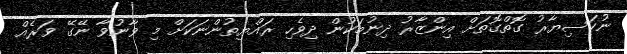
ނުކަސިޔާރު ގޮތްގޮތަށް އިންޒާރު ދިނުމަކުން ދިވެހި ރައްޔިތުންނަކަށް މި ވާނުވާ ނޭގޭ ވަރެއް